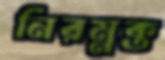
নিরম্নক্ত